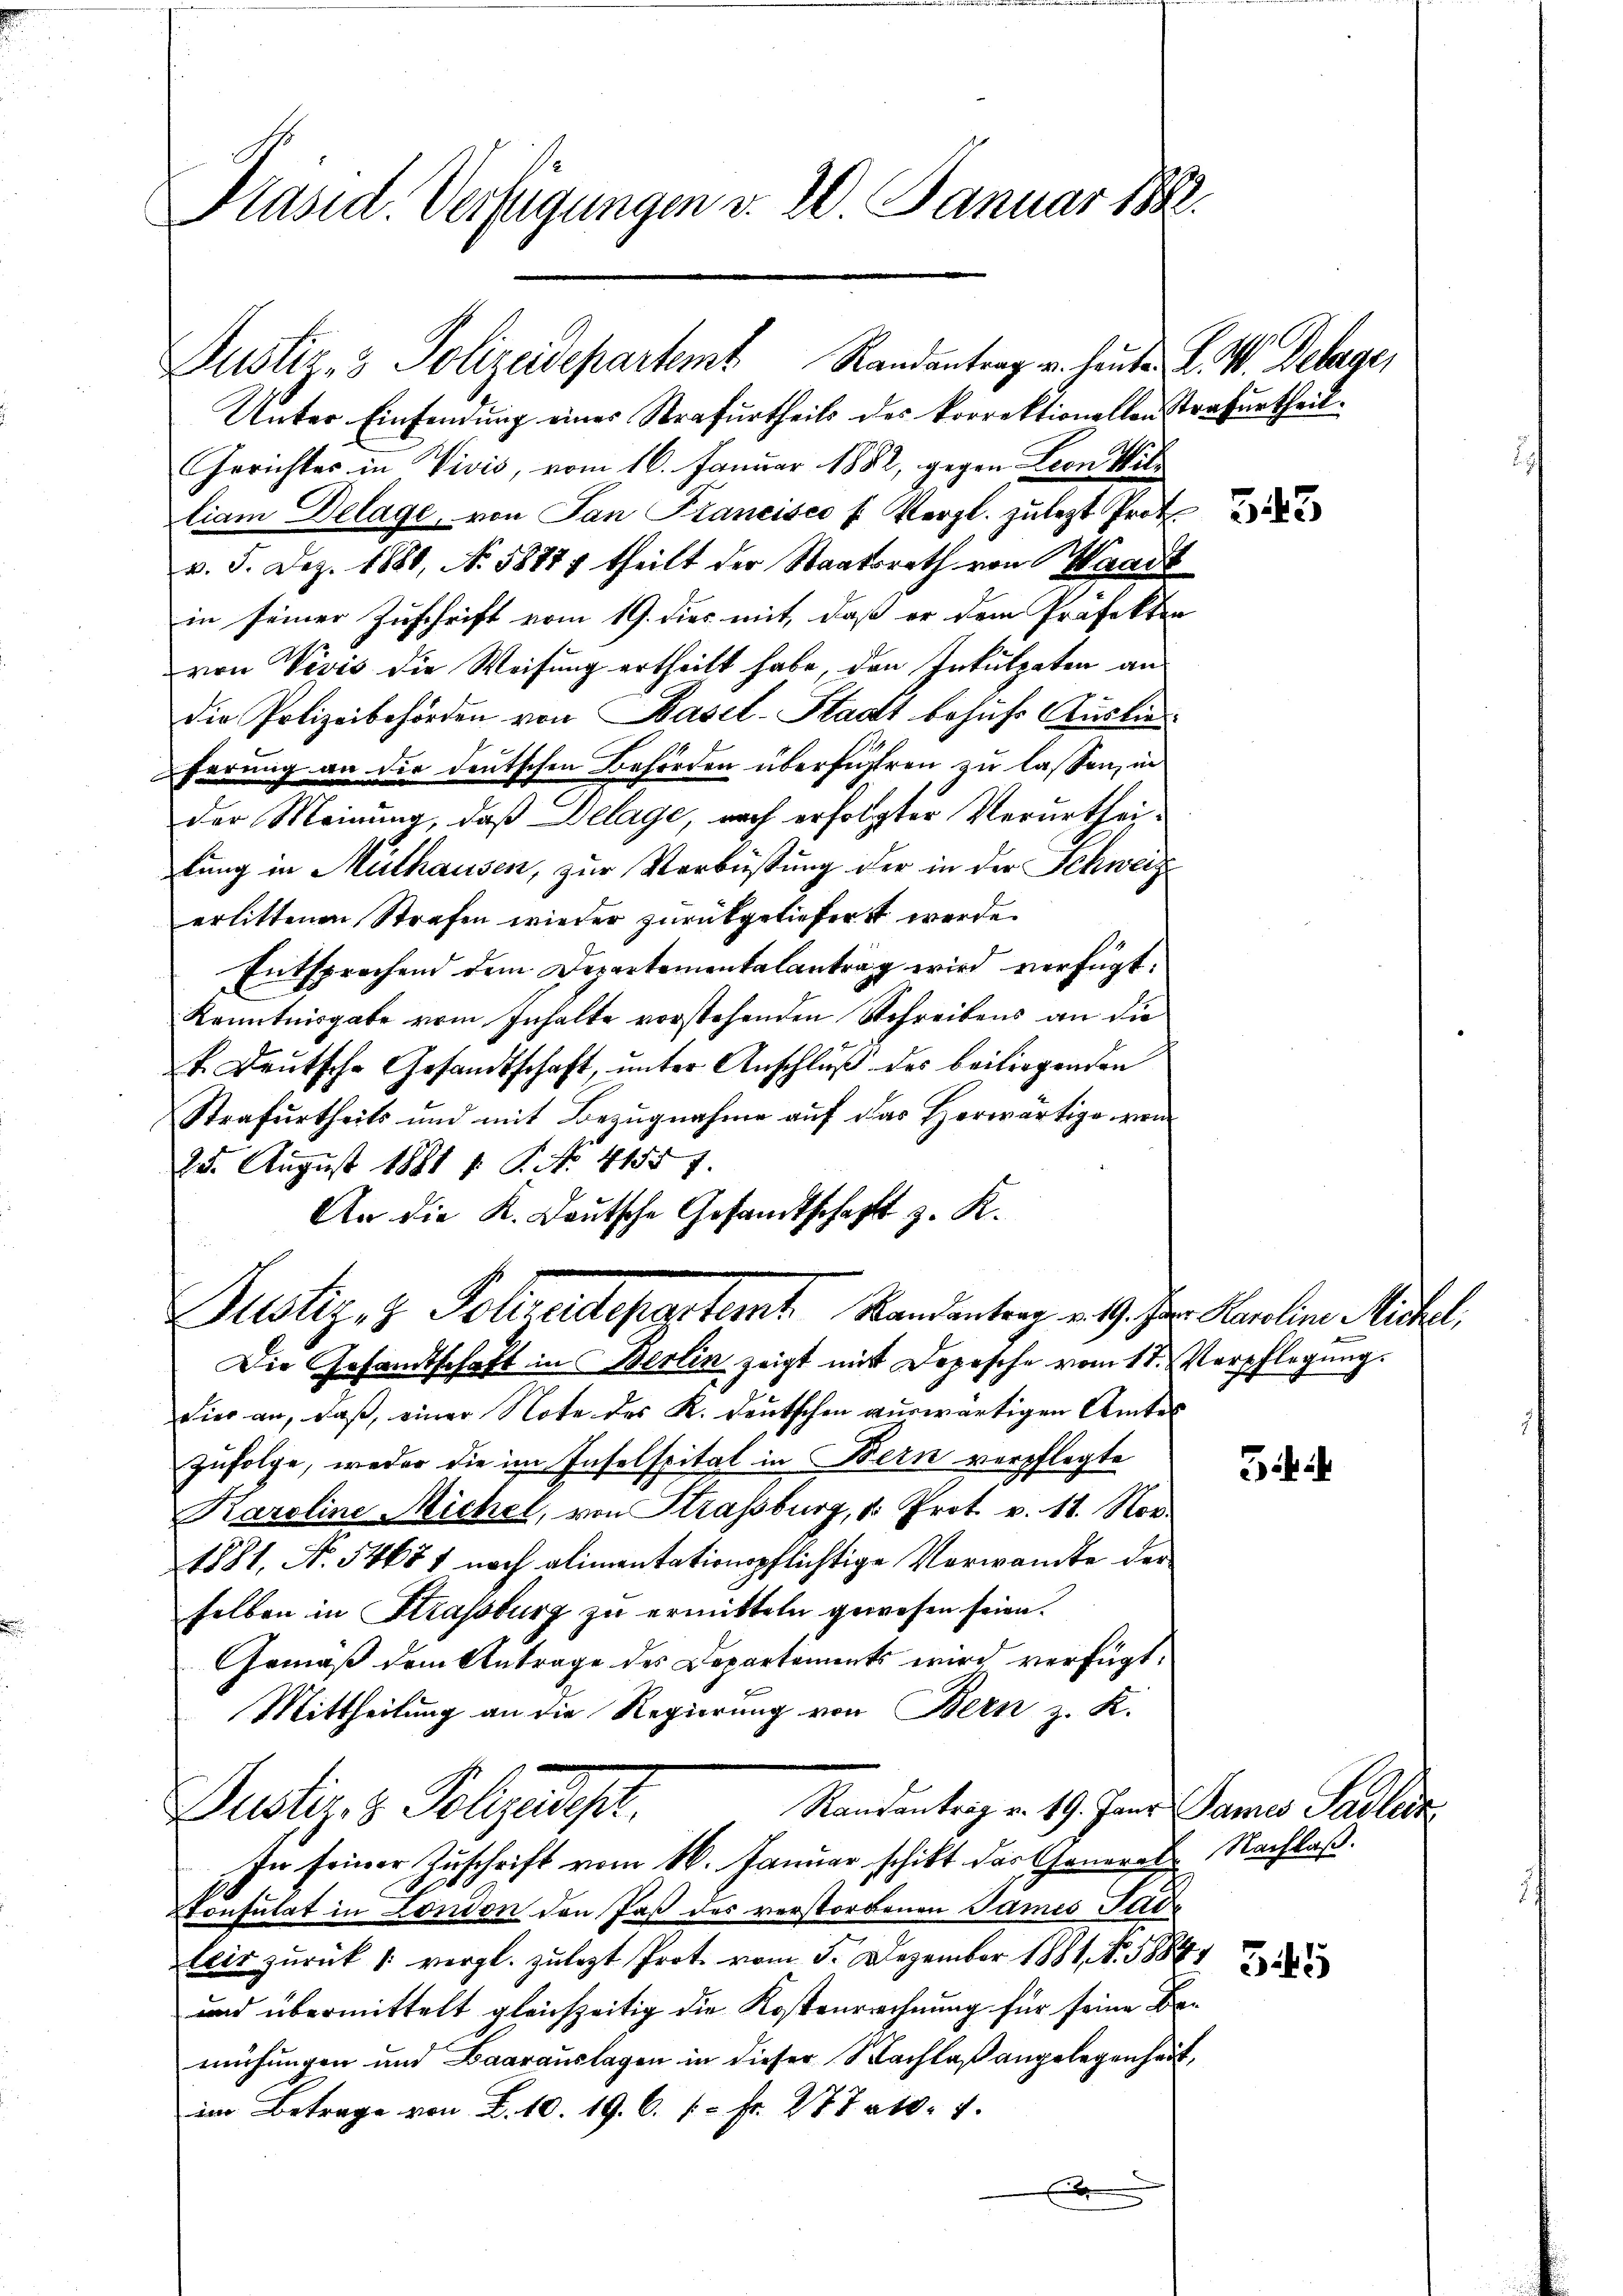
Präsid. Verfügungen v. 20. Januar 1891.

Justiz- & Polizeidepartem Randantrag u. heute L. W. Weberger

Unter Einsendung einer Strafurtheils des korrektionellen Strafurtheil.
Gerichtes in Vivis, vom 16. Januar 1882, gegen Leon William Delage, von San Francisco f. Vergl. zulezt Prot
v. 5. Dez. 1880, No. 58877 theilt der Staatsrath von Waadt
in seiner Zuschrift vom 19. dies mit, daß er dem Präfekter
von Vivis die Weisung ertheilt habe, den Inkulpaten an
die Polizeibehörden von Basel-Stadt behufs Auslie
ferung an der deutschen Behörden überführen zu lassen, in
der Meinung, daß Delage, nach erfolgter Verurtheilung in Mülhausen, zur Verbüßung der in der Schweiz
erlittenen Strafen wieder zurückgeliefert werde.
Entsprechend dem Departementalantrag wird verfügt:
Kenntnisgabe vom Inhalte vorstehenden Schreibens an die
t. Deutsche Gesandtschaft, ŭnter Anschlŭβ des beiliegenden
Strafurtheils und mit Bezugnahme auf das Herwärtige von
25. August 1881 f. P. No. 41557.
An die K. Deutsche Gesandtschafts z. K.
Justiz- & Polizeideparternt. Randantrag u. 9. Jur. Karoline Michel,
Die Gesamtschaft in Berlin zeigt mit Depesche vom 17. Verpflegung.
Lier an, daß, einer Note des K. Deutschen auswärtigen Amtes
zufolge, weder die im Inselspital in Bern verpflegte
Karoline Michel, von Strassburg, v. Prot. v. 11. Nov.
1881, No. 54677 noch alimentationspflichtige Verwandte der
selben in Strassburg zu ermitteln gewesen seien.
Gemäß dem Antrage des Departements wird verfügt:
Mittheilung an die Regierung von Bern z. K.
Rautantrag v. 19. Jann James Padlik
Justiz- & Polizeidigt.
In seiner Zuschrift vom 16. Januar schikt das Generale Nachlaß.
s
Konsulat in London den Paß des verstorbenen James Tade
leis zurück (: vergl. zulezt Prot. vom 5. Dezember 1881, N. 1884
und übermittelt gleichzeitig die Kostenrechnung für seine Bemühungen und Baarauslagen in dieser Nachlaß angelegenheit,
im Betrage von Z. 10. 19. 6. 10 Fr. 287 rt. 4.

i

545